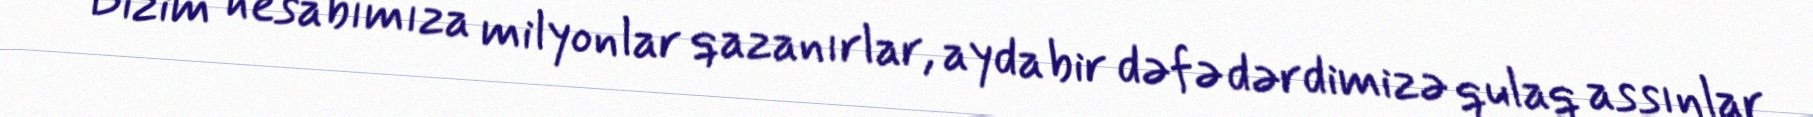
Bizim hesabımıza milyonlar qazanırlar, ayda bir dəfə dərdimizə qulaq assınlar